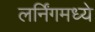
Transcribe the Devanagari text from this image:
लर्निंगमध्ये